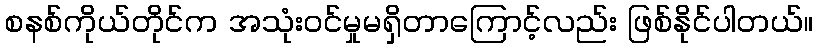
စနစ်ကိုယ်တိုင်က အသုံးဝင်မှုမရှိတာကြောင့်လည်း ဖြစ်နိုင်ပါတယ်။